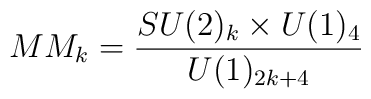
MM_k = \frac{SU(2)_{k}\times U(1)_4}{U(1)_{2k+4}}